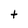
Character: t